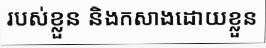
របស់ខ្លួន និងកសាងដោយខ្លួន